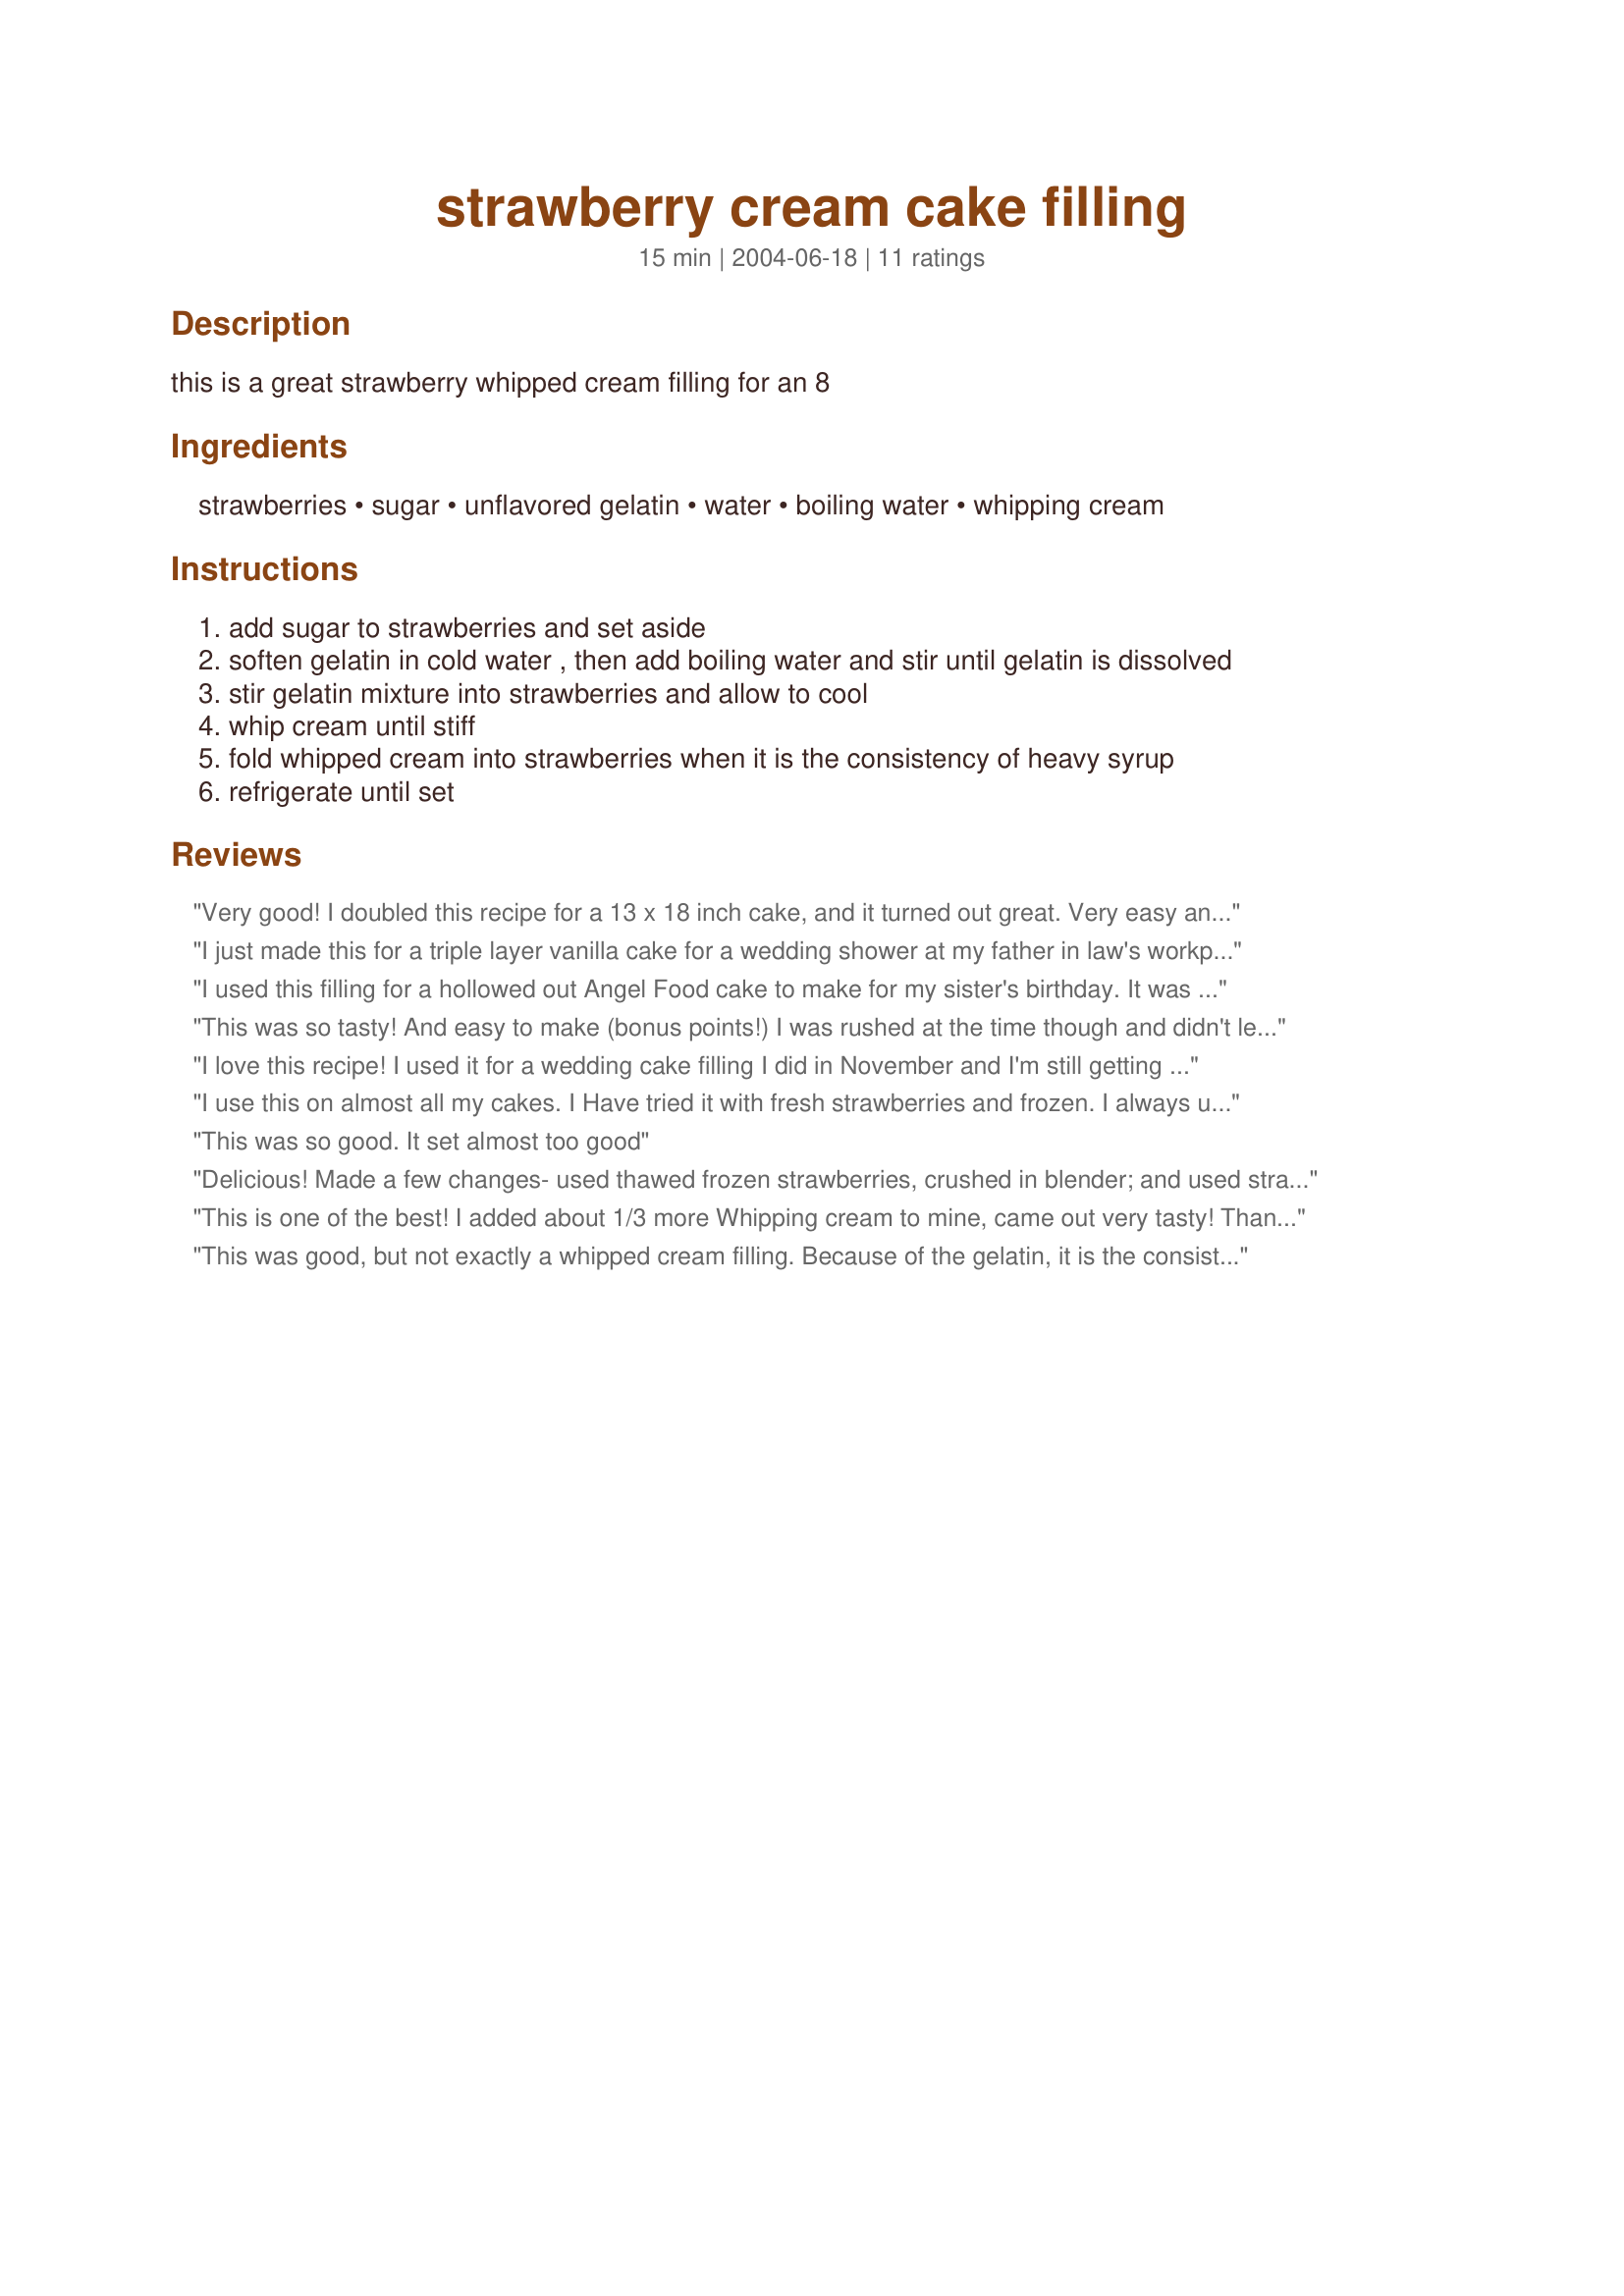
strawberry cream cake filling
Preparation time: 15 minutes

this is a great strawberry whipped cream filling for an 8

Ingredients:
strawberries, sugar, unflavored gelatin, water, boiling water, whipping cream

Steps:
add sugar to strawberries and set aside
soften gelatin in cold water , then add boiling water and stir until gelatin is dissolved
stir gelatin mixture into strawberries and allow to cool
whip cream until stiff
fold whipped cream into strawberries when it is the consistency of heavy syrup
refrigerate until set

Reviews:
Very good! I doubled this recipe for a 13 x 18 inch cake, and it turned out great. Very easy and tasted yummy - just like creamy fresh strawberries. Not too sweet, which was perfect. And it set beautifully - really stood up to the weight of the top layer of cake. I piped a border of icing around the perimeter of the bottom layer, spread the filling on, set the top layer down, and filled in the rest of the gap between the icing border and the top cake layer with icing, forming a complete wall of icing. I had no problems with the filling smooshing out. Thank you so much for the recipe!!:)
I just made this for a triple layer vanilla cake for a wedding shower at my father in law's workplace. It is already to die for! I think I'll make this or substitute blueberries for our reveal party (sex of our baby) I am planning in September. I bet blueberries, peaches or banana would be other great fruits to substitute. I can't wait to hear the reviews I get on this cake. This is so worth making verses that pre made stuff you can get at a bake shop. I can't wait to post a pic of this and the cake!
I used this filling for a hollowed out Angel Food cake to make for my sister's birthday. It was the perfect filling and really made the cake. This was an excellent choice and I look forward to experimenting with this in other recipes in the future. Thank you for sharing the recipe!
This was so tasty! And easy to make (bonus points!) I was rushed at the time though and didn't let the filling set enough before using it in my cake, so I ended up with a pretty messy cake, but darn if it wasn't the the tastiest cake ever! I'll have to try this again and do it the right way next time! lol thanks for a great recipe.
I love this recipe! I used it for a wedding cake filling I did in November and I'm still getting compliments on it. Substitute any fruit for different flavors! Very versatile!
I use this on almost all my cakes. I Have tried it with fresh strawberries and frozen. I always use fresh now. A couple of times I have used frozen I have had trouble getting it to set. Very good.
This was so good. It set almost too good
Delicious! Made a few changes- used thawed frozen strawberries, crushed in blender; and used strawberry gelatin because I couldn't find unflavored in our small town; And added about a cup of whipping cream! Turned out wonderfully creamy. Put inside a yellow cake. YUMMY!
This is one of the best! I added about 1/3 more Whipping cream to mine, came out very tasty! Thank you SOO Much for this excellent recipie!
This was good, but not exactly a whipped cream filling. Because of the gelatin, it is the consistancy of a creamy jello salad, not whipped cream.
This filling was just what I was looking for. My daughter and I made a 9" round cake and divided each of the 2 roud cakes so that we had 4 layers. We put the strwaberry filling between each of the layers and still had a bit for her to munch on! :-) It was super fresh and gave our cake such a delicious flavor. We will use this again.
